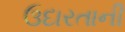
ઉદારતાની